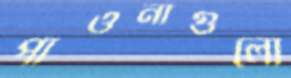
পাওনাগুলো